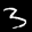
Label: 3